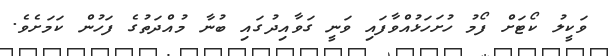
ވަކީލު ކޯޓަށް ފޯމު ހުށަހަޅުއްވާފައި ވަނީ ގަވާއިދުގައި ބުނާ މުއްދަތުގެ ފަހުން ކަމަށެވެ.